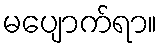
မပျောက်ရာ။